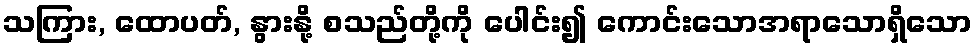
သကြား, ထောပတ်, နွားနို့ စသည်တို့ကို ပေါင်း၍ ကောင်းသောအရာသောရှိသော